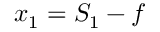
x _ { 1 } = S _ { 1 } - f